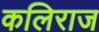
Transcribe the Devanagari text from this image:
कलिराज